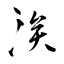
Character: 涘